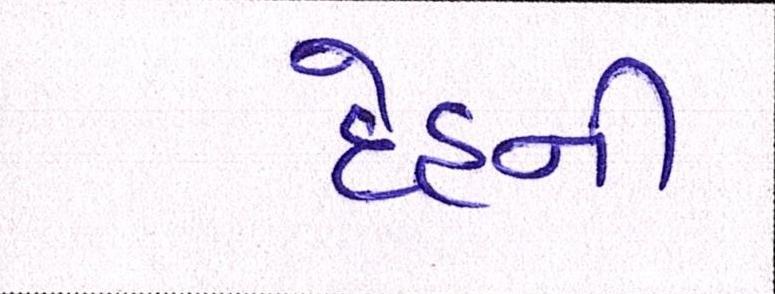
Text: દેહની